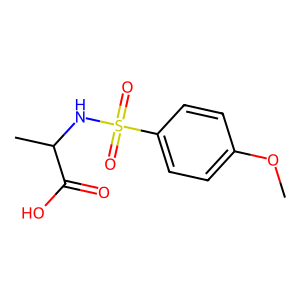
SMILES: COc1ccc(S(=O)(=O)NC(C)C(=O)O)cc1
Inhibits HIV replication: No